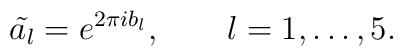
\tilde{a_l} = e^{2\pi ib_l},\qquad l=1,\ldots,5.